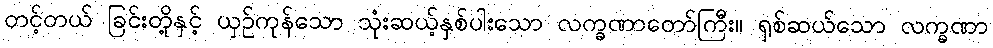
တင့်တယ် ခြင်းတို့နှင့် ယှဉ်ကုန်သော သုံးဆယ့်နှစ်ပါးသော လက္ခဏာတော်ကြီး။ ရှစ်ဆယ်သော လက္ခဏာ